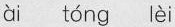
ài tóng lèi